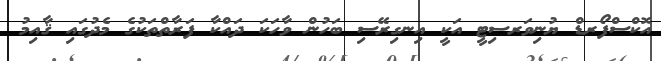
އޮކްސްފޯރޑް ޔުނިވަރސިޓީ އަކީ އިނގިރޭސި ބަހުން ވާހަކަ ދައްކާ ފަރާތްތަކުގެ މެދުގައި ޤާއިމު